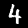
Digit: 4